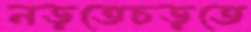
নড়তেচড়তে